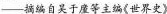
——摘编自吴于童等主编《世界史》